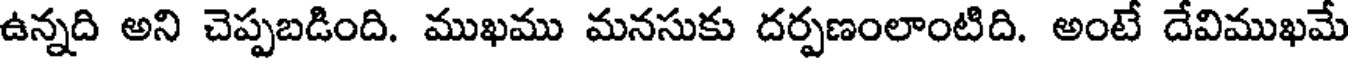
ఉన్నది అని చెప్పబడింది. ముఖము మనసుకు దర్పణంలాంటిది. అంటే దేవిముఖమే